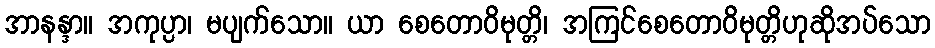
အာနန္ဒာ။ အကုပ္ပာ၊ မပျက်သော။ ယာ စေတောဝိမုတ္တိ၊ အကြင်စေတောဝိမုတ္တိဟုဆိုအပ်သော